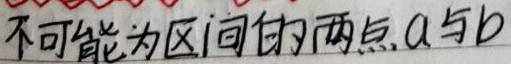
不可能为区间的两点\(a\)与\(b\)